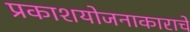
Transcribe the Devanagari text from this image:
प्रकाशयोजनाकाराचे